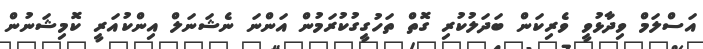
އަސްލަމް ވިދާޅުވީ ވެރިކަން ބަދަލުކުރި ގޮތް ތަހުގީގުކުރަމުން އަންނަ ނެޝަނަލް އިންކުއަރީ ކޮމިޝަނުން